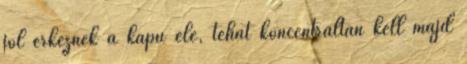
jól érkeznek a kapu elé, tehát koncentráltan kell majd